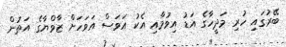
ބޭރުގައި ހުރި މަދީހާގެ އަޑު އިވުމާއި އެކު އަވަސް އަވަހަށް ޒާވްޔާގެ އަތުން